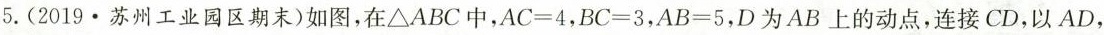
5. (2019·苏州工业园区期末)如图，在△ABC中，$$A C = 4$$，$$B C = 3$$，$$A B = 5$$，D为AB上的动点，连接CD，以AD，